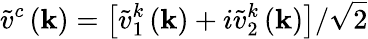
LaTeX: \tilde{v}^{c}\left(\mathbf{k}\right)=\left[\tilde{v}_{1}^{k}\left(\mathbf{k}\right)+i\tilde{v}_{2}^{k}\left(\mathbf{k}\right)\right]/\sqrt{2}